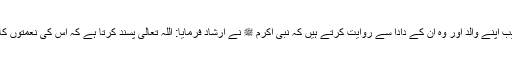
حضرت عمرو بن شعیب اپنے والد اور وہ ان کے دادا سے روایت کرتے ہیں کہ نبی اکرم ﷺ نے ارشاد فرمایا: اللہ تعالیٰ پسند کرتا ہے کہ اس کی نعمتوں کا اثر بندے پر ظاہر ہو۔